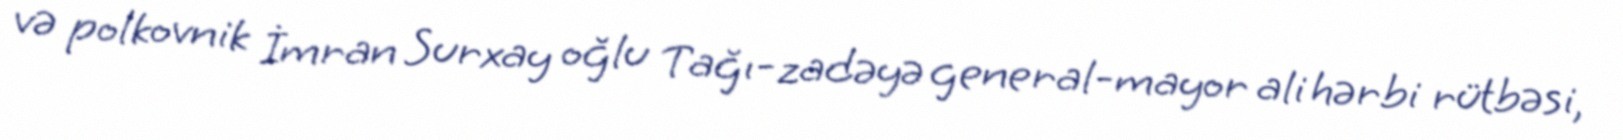
və polkovnik İmran Surxay oğlu Tağı-zadəyə general-mayor ali hərbi rütbəsi,